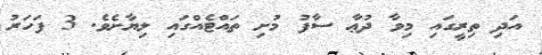
އަދި ތިރީގައި މިވާ ދުޢާ ސާފު މުށި ތައްޓެއްގައި ލިޔާށެވެ. 3 ފަހަރު